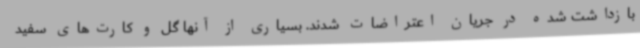
بازداشت شده در جریان اعتراضات شدند. بسیاری از آنها گل و کارت‌های سفید